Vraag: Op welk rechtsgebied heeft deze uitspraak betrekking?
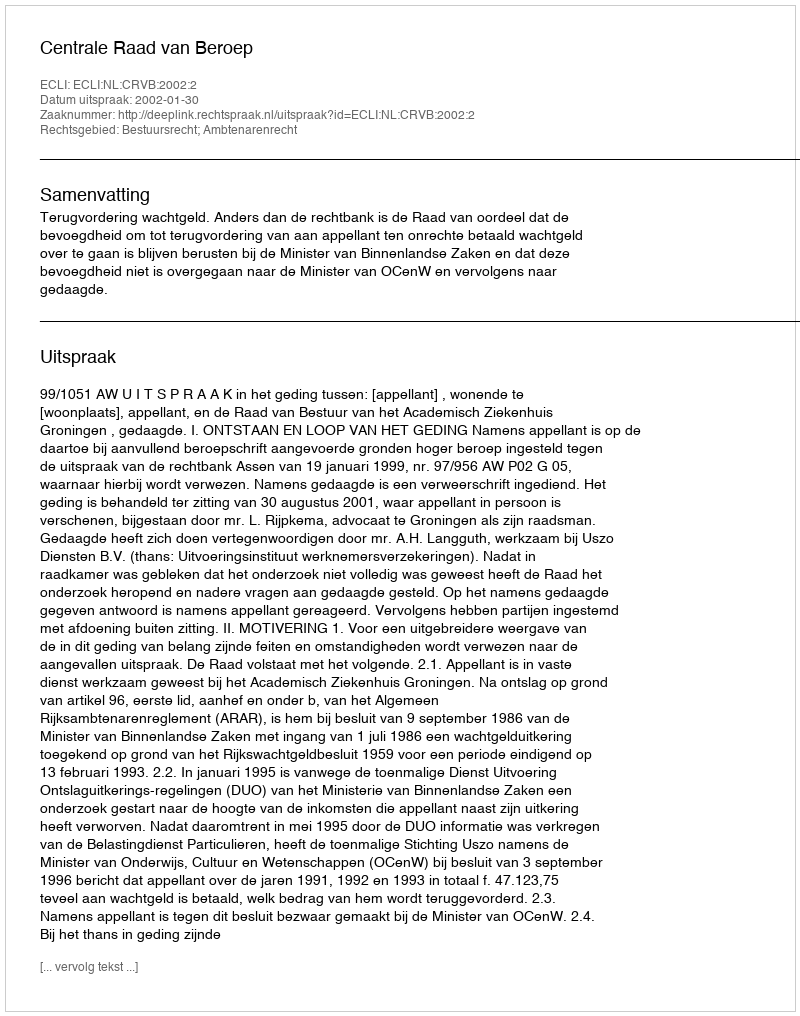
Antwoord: Bestuursrecht; Ambtenarenrecht